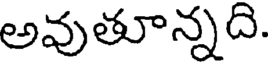
అవుతూన్నది.